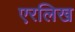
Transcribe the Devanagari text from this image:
एरलिख